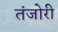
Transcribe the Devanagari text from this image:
तंजोरी